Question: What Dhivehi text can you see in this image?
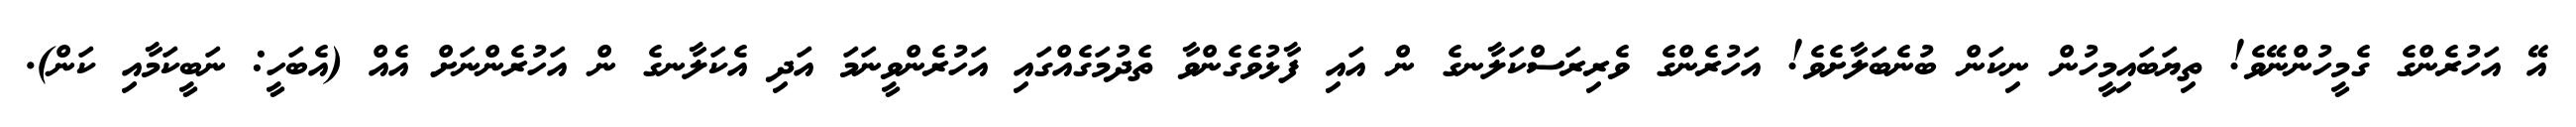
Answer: އޭ އަހުރެންގެ ގެމީހުންނޭވެ! ތިޔަބައިމީހުން ނިކަން ބުނެބަލާށެވެ! އަހުރެންގެ ވެރިރަސްކަލާނގެ ން އައި ފާޅުވެގެންވާ ތެދުމަގެއްގައި އަހުރެންވީނަމަ އަދި އެކަލާނގެ ން އަހުރެންނަށް އެއް (އެބަހީ: ނަބީކަމާއި ކަން).